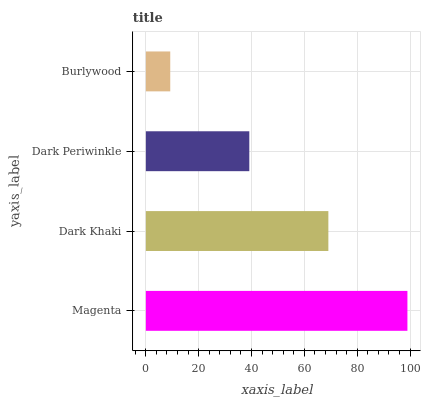
| yaxis_label | bars |
 | --- | --- |
 | Magenta | 99 |
 | Dark Khaki | 69.1 |
 | Dark Periwinkle | 39.2 |
 | Burlywood | 9.23 |